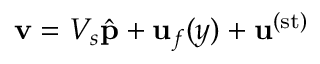
\mathbf { v } = V _ { s } \hat { \mathbf p } + \mathbf { u } _ { f } ( y ) + { \mathbf u } ^ { ( \mathrm { s t } ) }